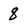
Character: 8